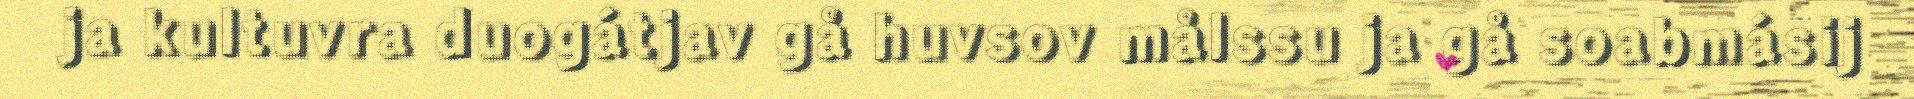
ja kultuvra duogátjav gå huvsov målssu ja gå soabmásij